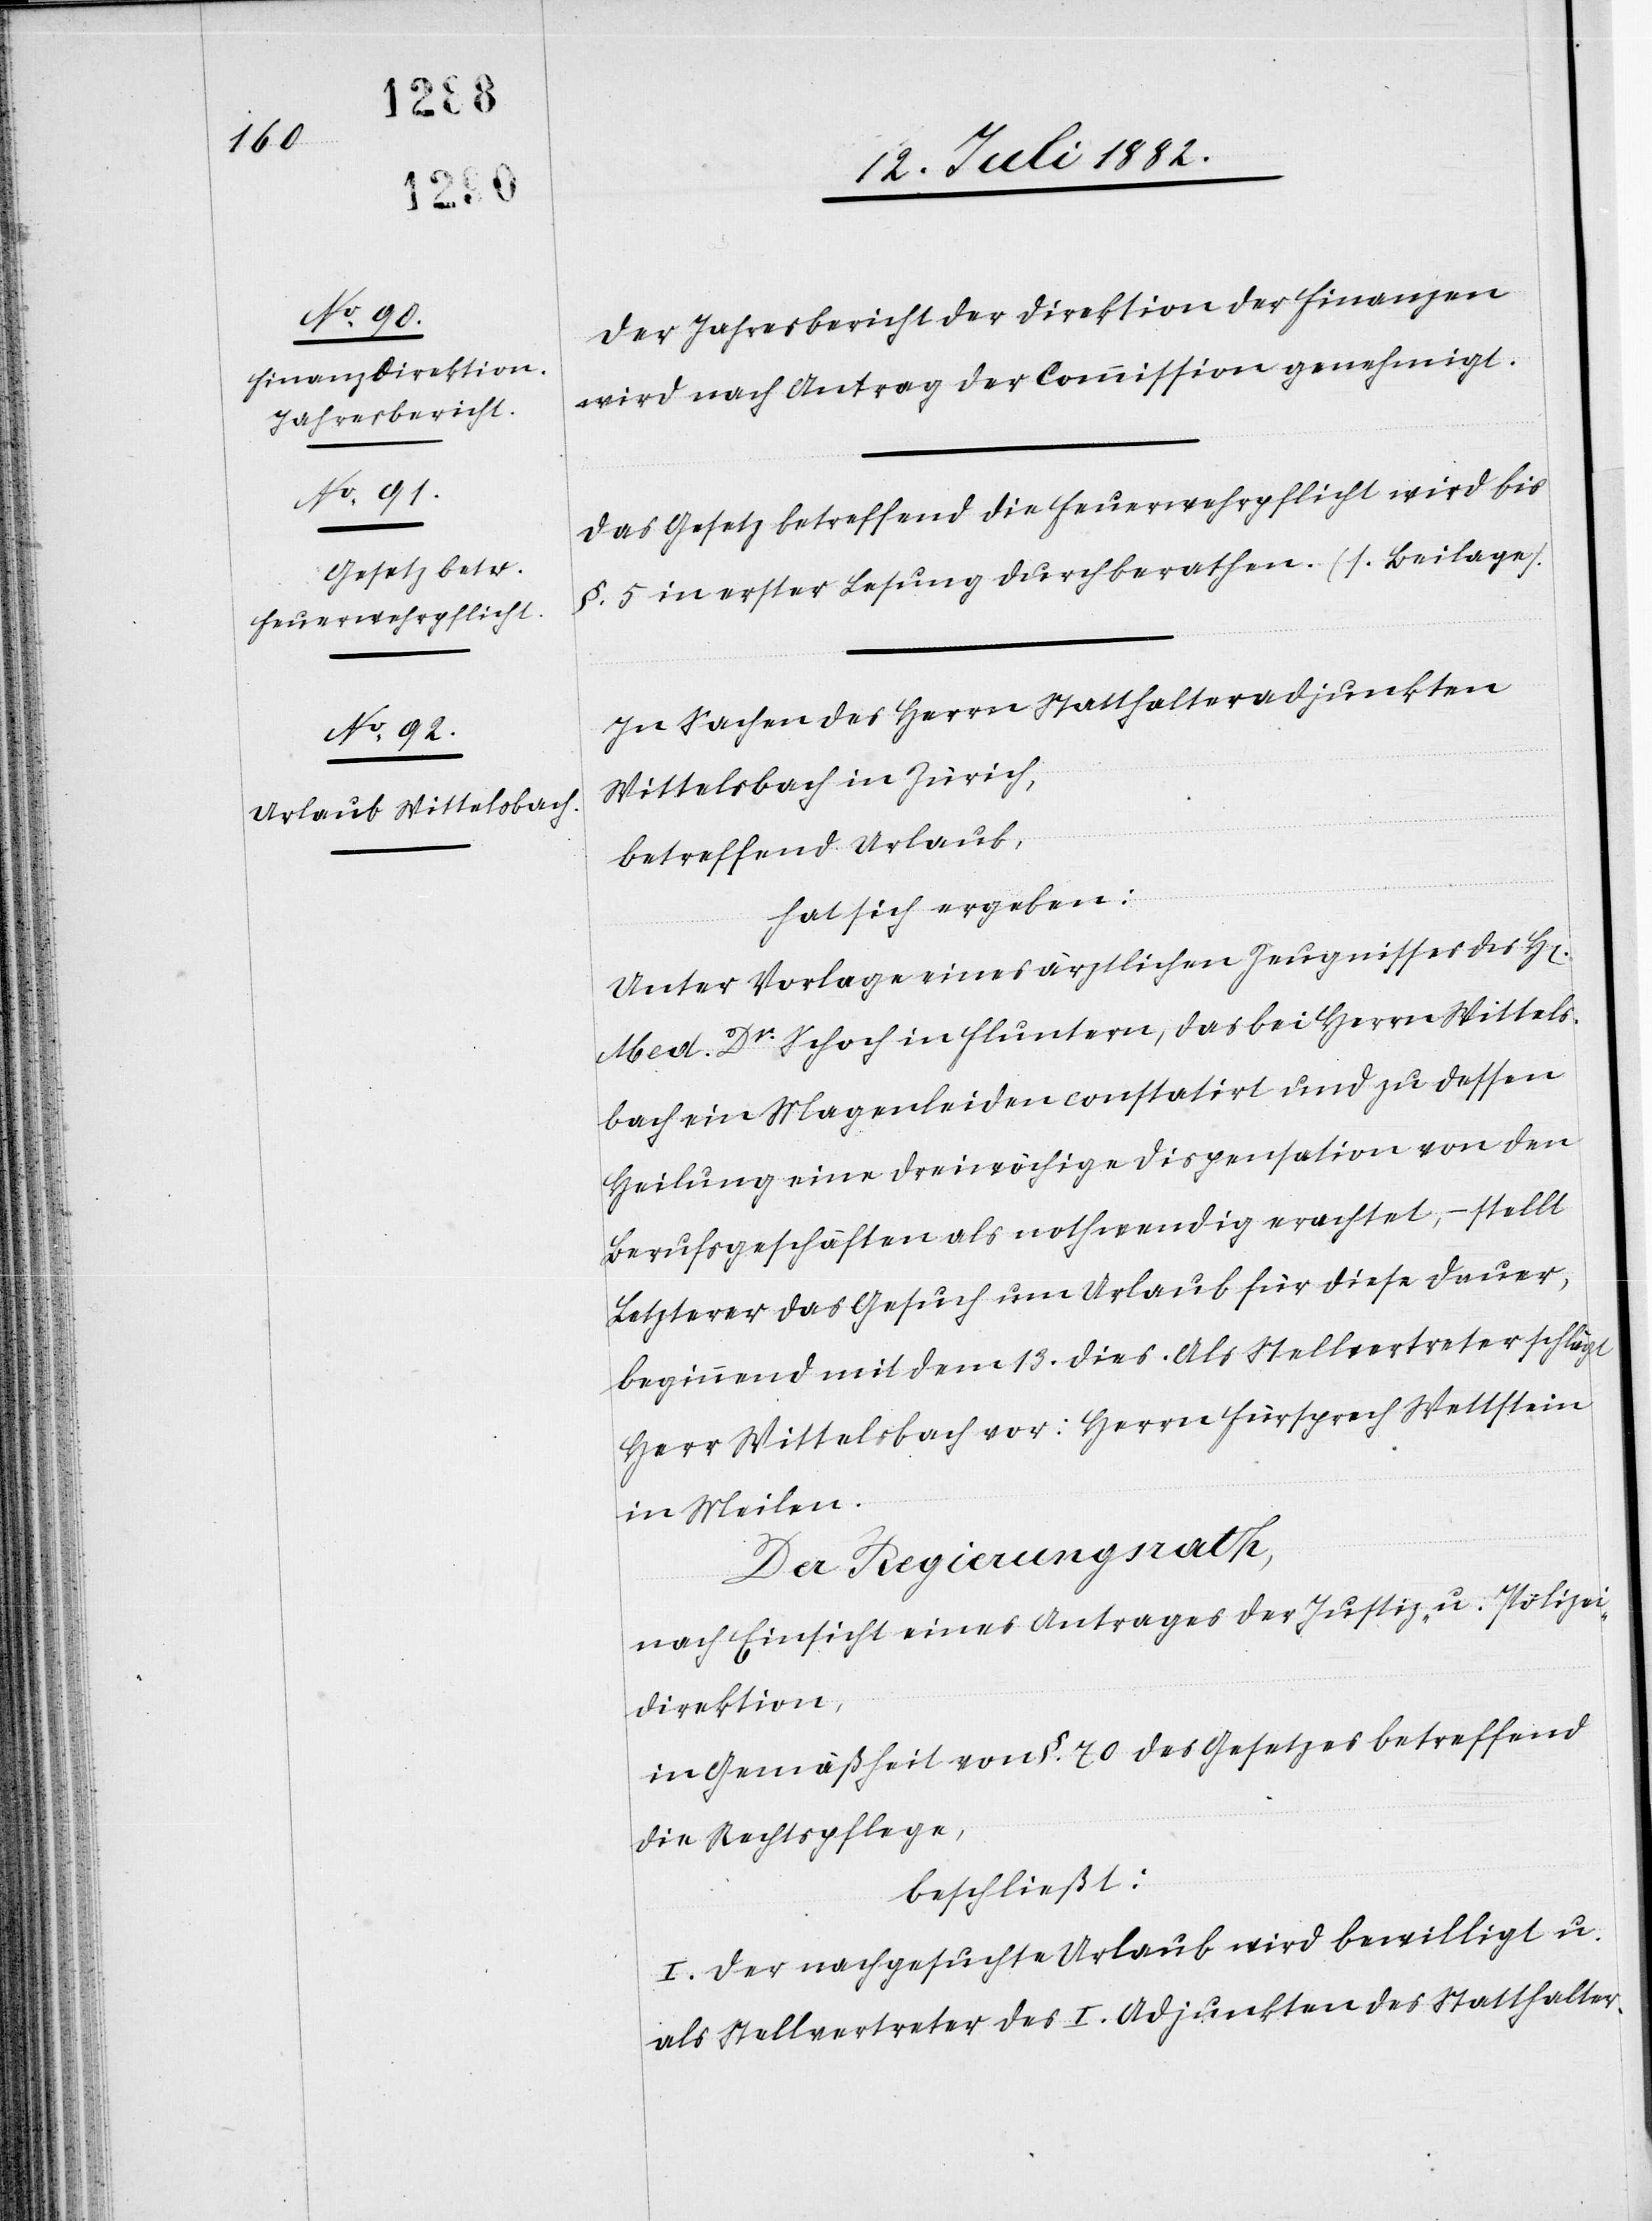
rren]

Der Jahresbericht der Direktion der Finanzen
wird nach Antrag der Commission genehmigt.
Das Gesetz betreffend die Feuerwehrpflicht wird bis
§. 5 in erster Lesung durchberathen. (s. Beilage).
In Sachen des Herrn Statthalteradjunkten
Wittelsbach in Zürich,
betreffend Urlaub,
hat sich ergeben:
Unter Vorlage eines ärztlichen Zeugnisses des H[e¬
Med. Dr Schoch in Fluntern, das bei Herrn Wittels¬
bach ein Magenleiden constatirt und zu dessen
Heilung eine dreiwöchige Dispensation von den
Berufsgeschäften als nothwendig erachtet, – stellt
Letzterer das Gesuch um Urlaub für diese Dauer,
beginnend mit dem 13. dies. Als Stellvertreter schlägt
Herr Wittelsbach vor: Herrn Fürsprech Wettstein
in Meilen.
Der Regierungsrath,
nach Einsicht eines Antrages der Justiz- & Polizei¬
direktion,
in Gemäßheit von §. 70 des Gesetzes betreffend
die Rechtspflege,
beschließt:
I. Der nachgesuchte Urlaub wird bewilligt u.
als Stellvertreter des I. Adjunkten des Statthalter-